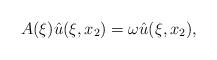
LaTeX: \begin{align*}A(\xi) \hat u(\xi,x_2 ) &= \omega \hat u(\xi,x_2) , \end{align*}